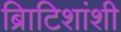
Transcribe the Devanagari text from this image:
ब्रिाटिशांशी